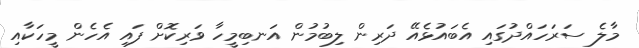
މާލެ ސަރަހައްދުގައި އެބައުޅެއޭ ދަރިން ލިބުމުން އަނބިމީހާ ވަރިކޮށް ފައި އެހެން މީހަކާއި